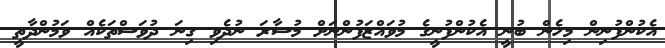
އެކުންފުނިން މިހެން ބުނީ އެކުންފުނީގެ މުވައްޒަފުންނަށް މުސާރަ ނުދެވި ގިނަ ދުވަސްތަކެއް ވަމުންދާތީ